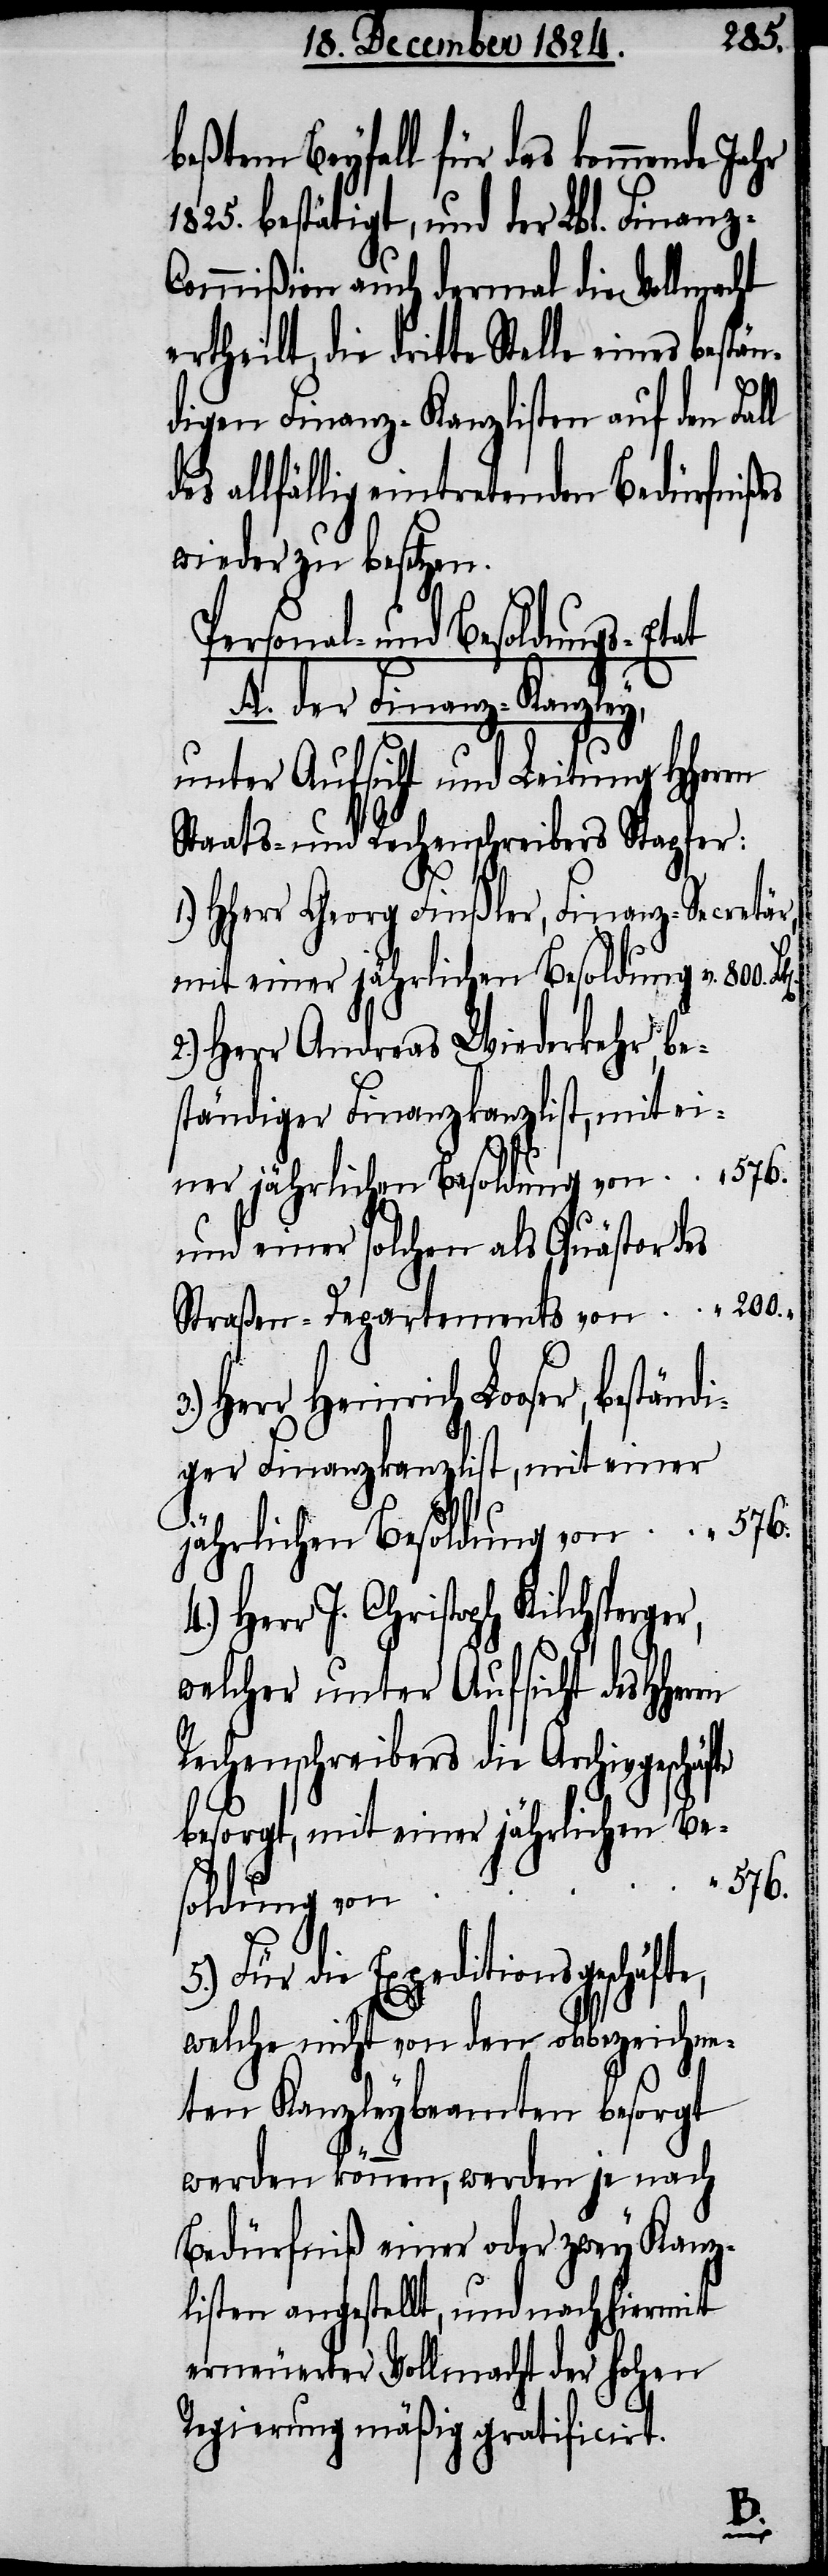
beßten Beyfall für das kommende Ja¬
1825. bestätigt, und der Lbl. Finanz-C¬
ommißion auch dermal die Vollmacht
ertheilt, die dritte Stelle eines bestän¬
digen Finanz-Kanzlisten auf den Fall
allfällig eintretenden Bedürfnißes
wieder zu besitzen.
Personal- und Besoldungs-Etat
A. der Finanz-Kanzley,
unter Aufsicht und Leitung HHerrn
Staats- und Rechenschreibers Stapfer:
HHerr Georg Finßler, Finanz-Secretär,
mit einer jährlichen Besoldung v.	800.
Herr Andreas Wiederkehr, be¬
ständiger Finanzkanzlist, mit ei¬
und einer solchen als Quästor des
Straßen-Departements von	 200.
Heinrich Looser, beständi¬
ger Finanzkanzlist, mit einer
jährlichen Besoldung von
Herr J. Christoph Kilchsperge¬
welcher unter Aufsicht des
Rechenschreibers die Archivgeschäfte
besorgt, mit einer jährlichen
576.
soldung von
5.) Für die Expeditionsgeschäft¬
welche nicht von dem obbezeichne¬
ten Kanzleybeamten besorgt
werden können, werden je nach
Bedürfniß einer oder zwey Kanz¬
listen angestellt, und nach hiermit
erneuerter Vollmacht der hohen
Regierung mäßig gratificirt.

e,